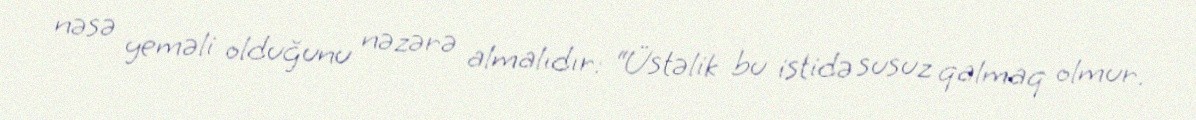
nəsə yeməli olduğunu nəzərə almalıdır: “Üstəlik bu istidə susuz qalmaq olmur.